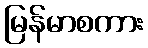
မြန်မာစကား